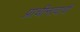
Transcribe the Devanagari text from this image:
प्राचीनत्वाची